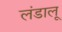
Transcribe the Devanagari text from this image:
लंडालू